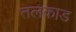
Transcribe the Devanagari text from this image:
तलकाड